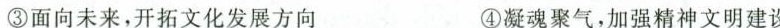
③面向未来，开拓文化发展方向 ④凝魂聚气，加强精神文明建设